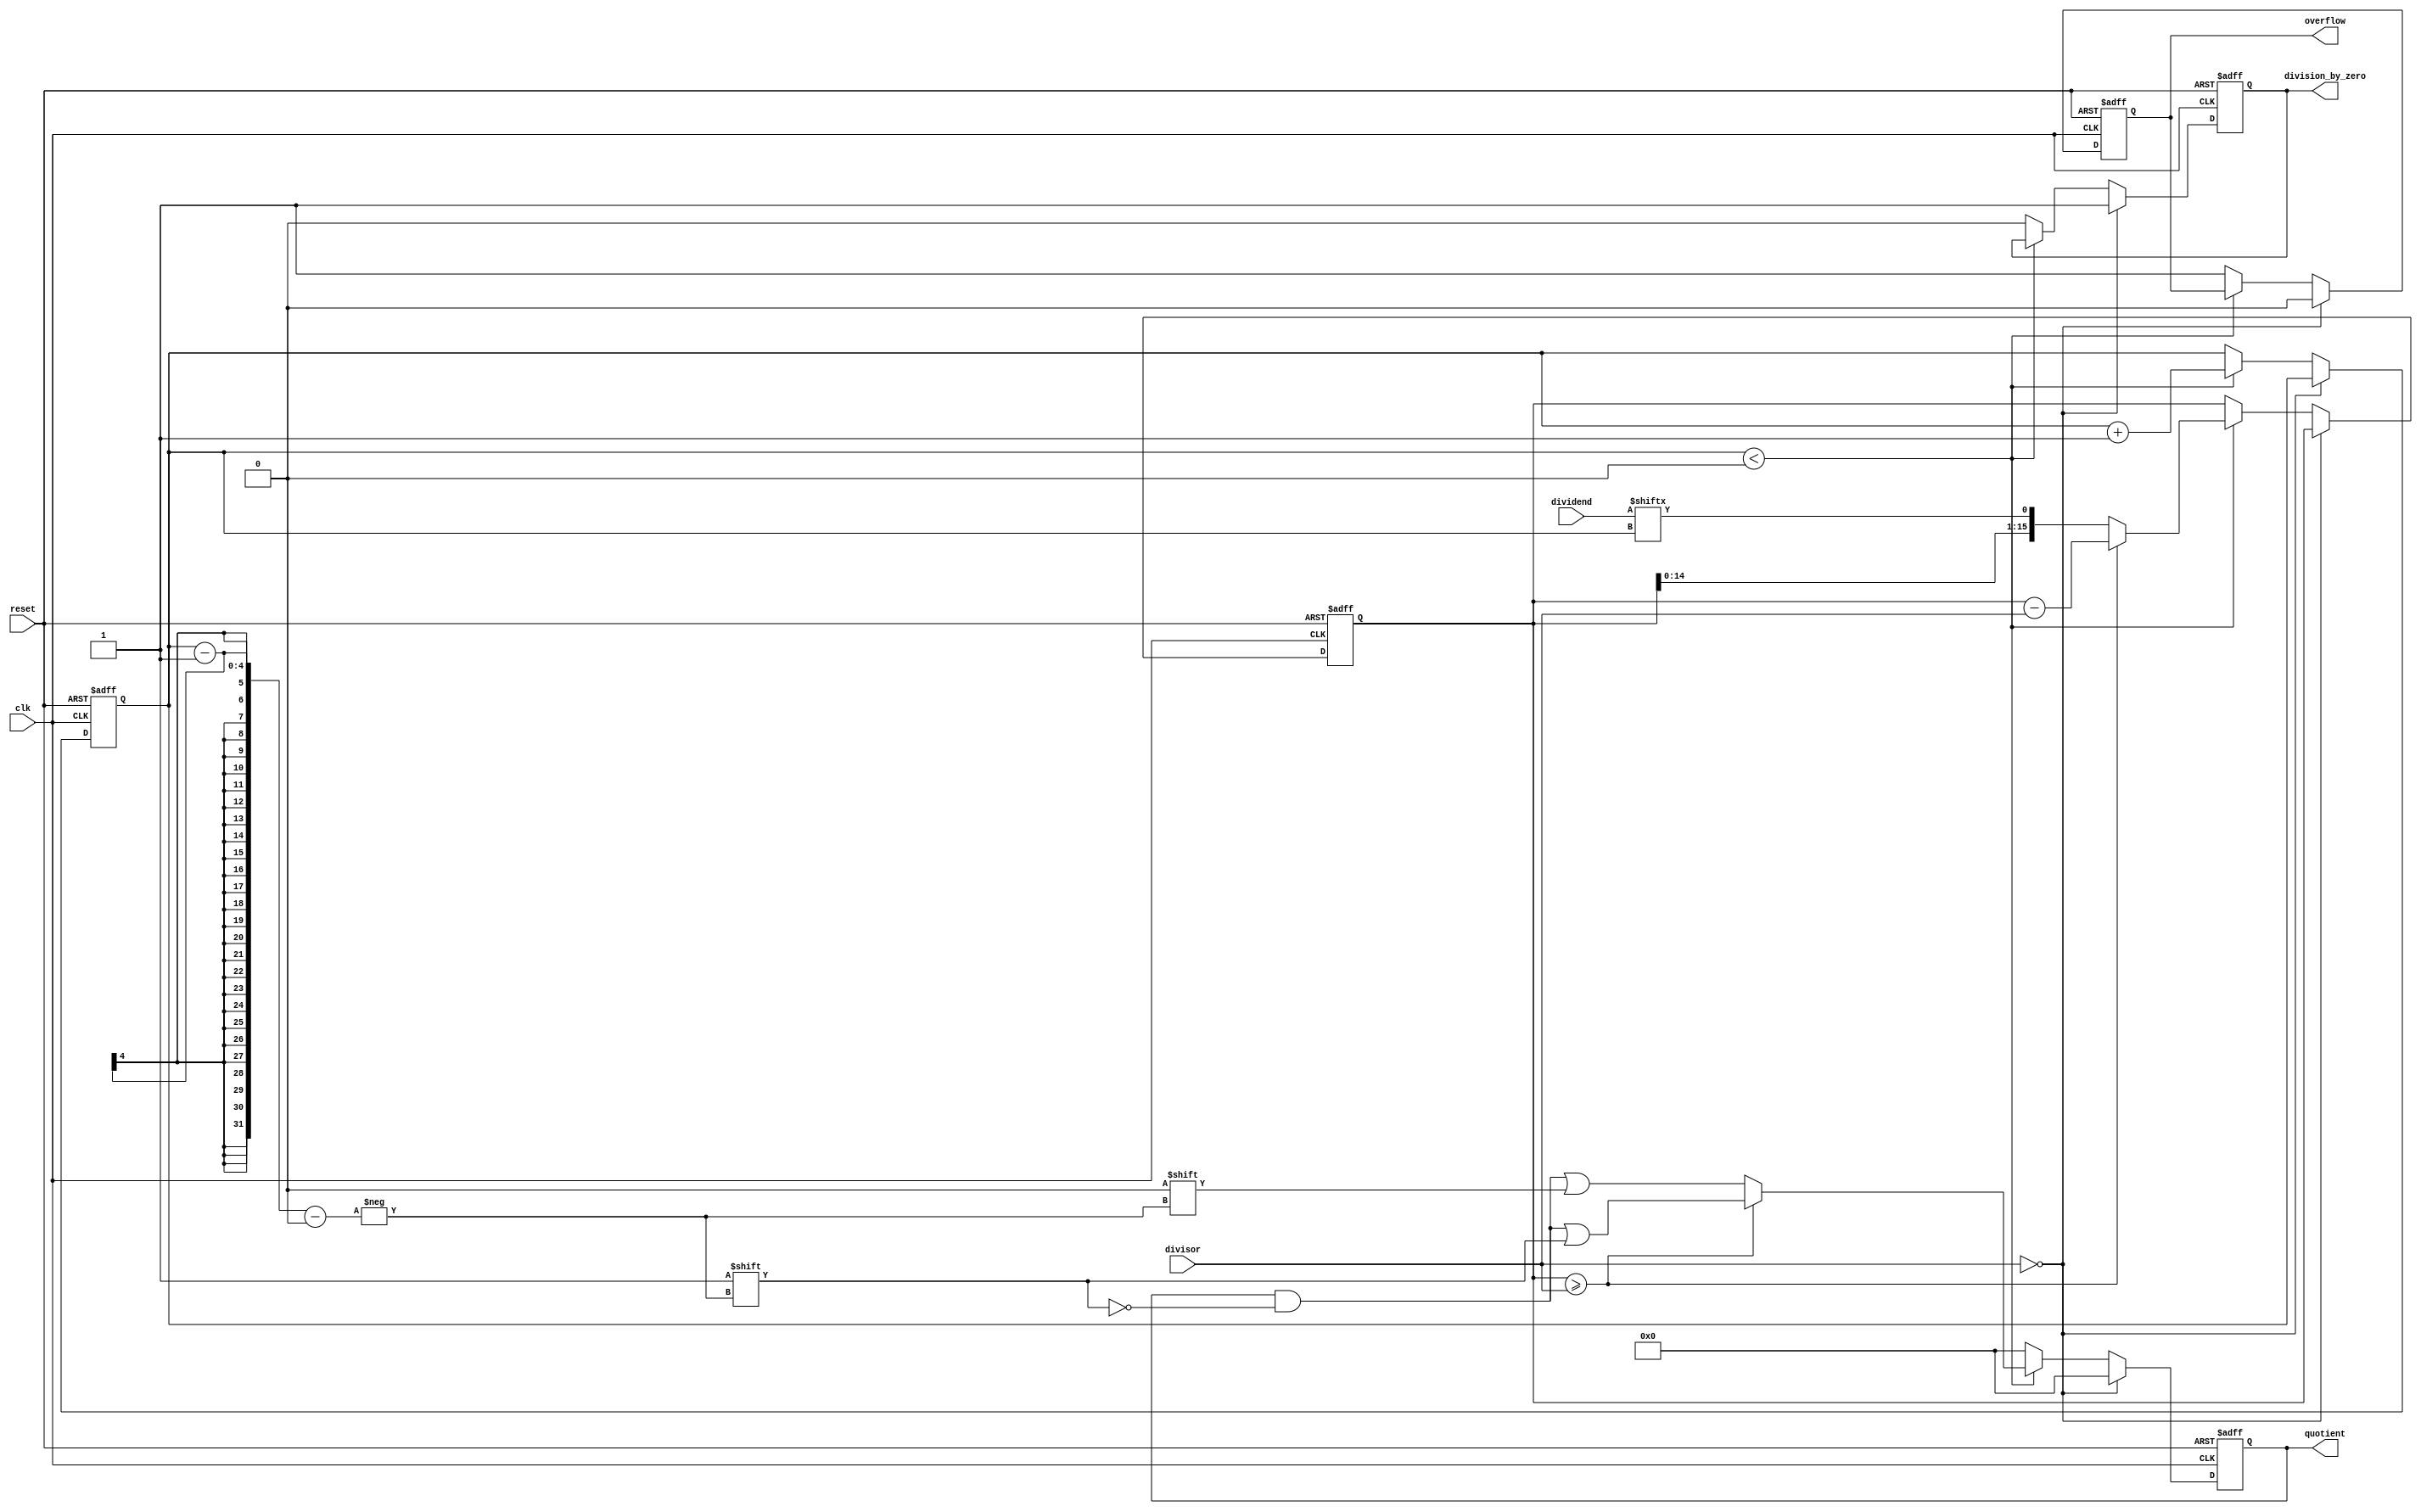
module synchronous_divider (
    input wire clk,
    input wire reset,
    input wire [15:0] dividend,
    input wire [15:0] divisor,
    output reg [15:0] quotient,
    output reg division_by_zero,
    output reg overflow
);

reg [15:0] remainder;
reg [3:0] count;

always @(posedge clk or posedge reset) begin
    if (reset) begin
        quotient <= 16'h0;
        remainder <= 16'h0;
        count <= 4'h0;
        division_by_zero <= 1'b0;
        overflow <= 1'b0;
    end else begin
        if (divisor == 16'h0) begin
            quotient <= 16'h0;
            division_by_zero <= 1'b1;
            overflow <= 1'b0;
        end else begin
            if (count < 4'h10) begin
                remainder <= {remainder, dividend[count]};
                count <= count + 1;
                if (remainder >= divisor) begin
                    remainder <= remainder - divisor;
                    quotient[count-1] <= 1'b1;
                end else begin
                    quotient[count-1] <= 1'b0;
                end
            end else begin
                quotient <= 16'h0;
                division_by_zero <= 1'b0;
                overflow <= 1'b1;
            end
        end
    end
end

endmodule